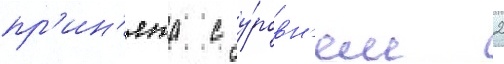
пр'ин'ята с у́ровн'ем 2